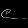
Digit: ၉